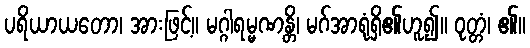
ပရိယာယတော၊ အားဖြင့်။ မဂ္ဂါရမ္မဏန္တိ၊ မဂ်အာရုံရှိ၏ဟူ၍။ ဝုတ္တံ၊ ၏။